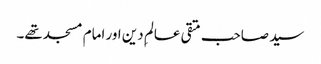
سید صاحب متقی عالمِ دین اور امام مسجد تھے۔